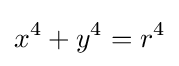
x^{4}+y^{4}=r^{4}